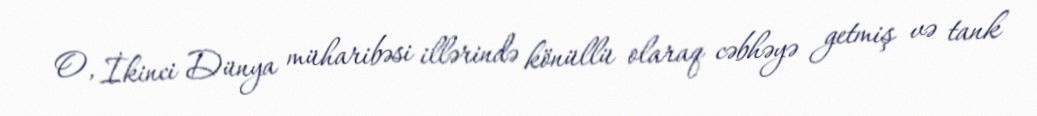
O, İkinci Dünya müharibəsi illərində könüllü olaraq cəbhəyə getmiş və tank